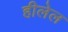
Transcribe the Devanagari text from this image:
हीलेल